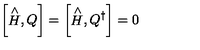
\left[ \stackrel { \wedge } { H } , Q \right] = \left[ \stackrel { \wedge } { H } , Q ^ { \dagger } \right] = 0